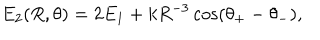
E _ { 2 } ( R , \theta ) = 2 E _ { 1 } + k R ^ { - 3 } \cos ( \theta _ { + } - \theta _ { - } ) ,